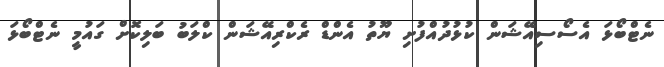
ނެޓްބޯޅަ އެސޯސިއޭޝަން ކުޅުދުއްފުށި ޔޫތު އެންޑް ރެކްރިއޭޝަން ކްލަބު ބަލިކޮށް ގައުމީ ނެޓްބޯޅަ